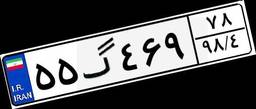
۵۵گ۴۶۹۷۸